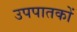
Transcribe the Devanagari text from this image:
उपपातकों